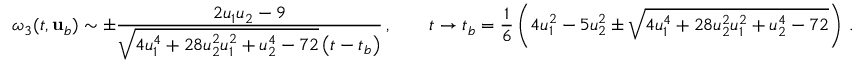
\omega _ { 3 } ( t , { \mathbf { u } } _ { b } ) \sim \pm \frac { 2 u _ { 1 } u _ { 2 } - 9 } { \sqrt { 4 u _ { 1 } ^ { 4 } + 2 8 u _ { 2 } ^ { 2 } u _ { 1 } ^ { 2 } + u _ { 2 } ^ { 4 } - 7 2 } \left( t - t _ { b } \right) } \, , \qquad t \to t _ { b } = \frac { 1 } { 6 } \left( 4 u _ { 1 } ^ { 2 } - 5 u _ { 2 } ^ { 2 } \pm \sqrt { 4 u _ { 1 } ^ { 4 } + 2 8 u _ { 2 } ^ { 2 } u _ { 1 } ^ { 2 } + u _ { 2 } ^ { 4 } - 7 2 } \right) \, .